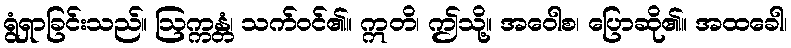
ရွံရှာခြင်းသည်။ ဩက္ကန္တံ၊ သက်ဝင်၏။ ဣတိ၊ ဤသို့။ အဝေါစ၊ ပြောဆို၏။ အထခေါ၊